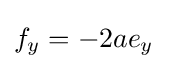
f_{y}=-2ae_{y}\quad